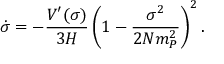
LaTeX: \dot { \sigma } = - \frac { V ^ { \prime } ( \sigma ) } { 3 H } \left( 1 - \frac { \sigma ^ { 2 } } { 2 N m _ { P } ^ { 2 } } \right) ^ { 2 } .